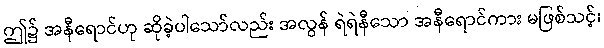
ဤ၌ အနီရောင်ဟု ဆိုခဲ့ပါသော်လည်း အလွန် ရဲရဲနီသော အနီရောင်ကား မဖြစ်သင့်၊